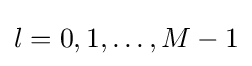
l=0,1,\ldots ,M-1